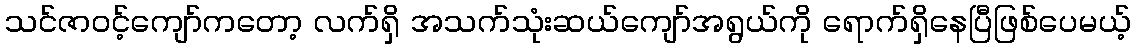
သင်ဇာဝင့်ကျော်ကတော့ လက်ရှိ အသက်သုံးဆယ်ကျော်အရွယ်ကို ရောက်ရှိနေပြီဖြစ်ပေမယ့်